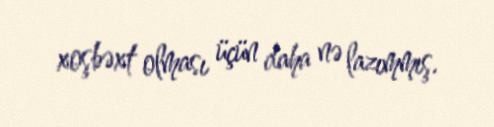
xoşbəxt olması üçün daha nə lazımmış.